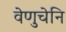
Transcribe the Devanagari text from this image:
वेणुचेनि